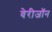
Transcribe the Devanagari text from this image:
वेरीजॉन